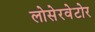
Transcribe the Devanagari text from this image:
लोसेरवेटोर